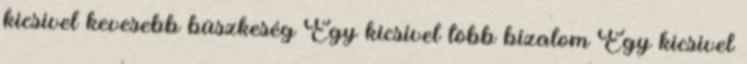
kicsivel kevesebb büszkeség Egy kicsivel több bizalom Egy kicsivel